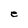
Character: e